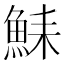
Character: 𫙛